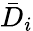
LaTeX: \bar{D}_{i}